38_143685_box7_Incident_Summaries_1-100
Agency: Department of War
Page 4
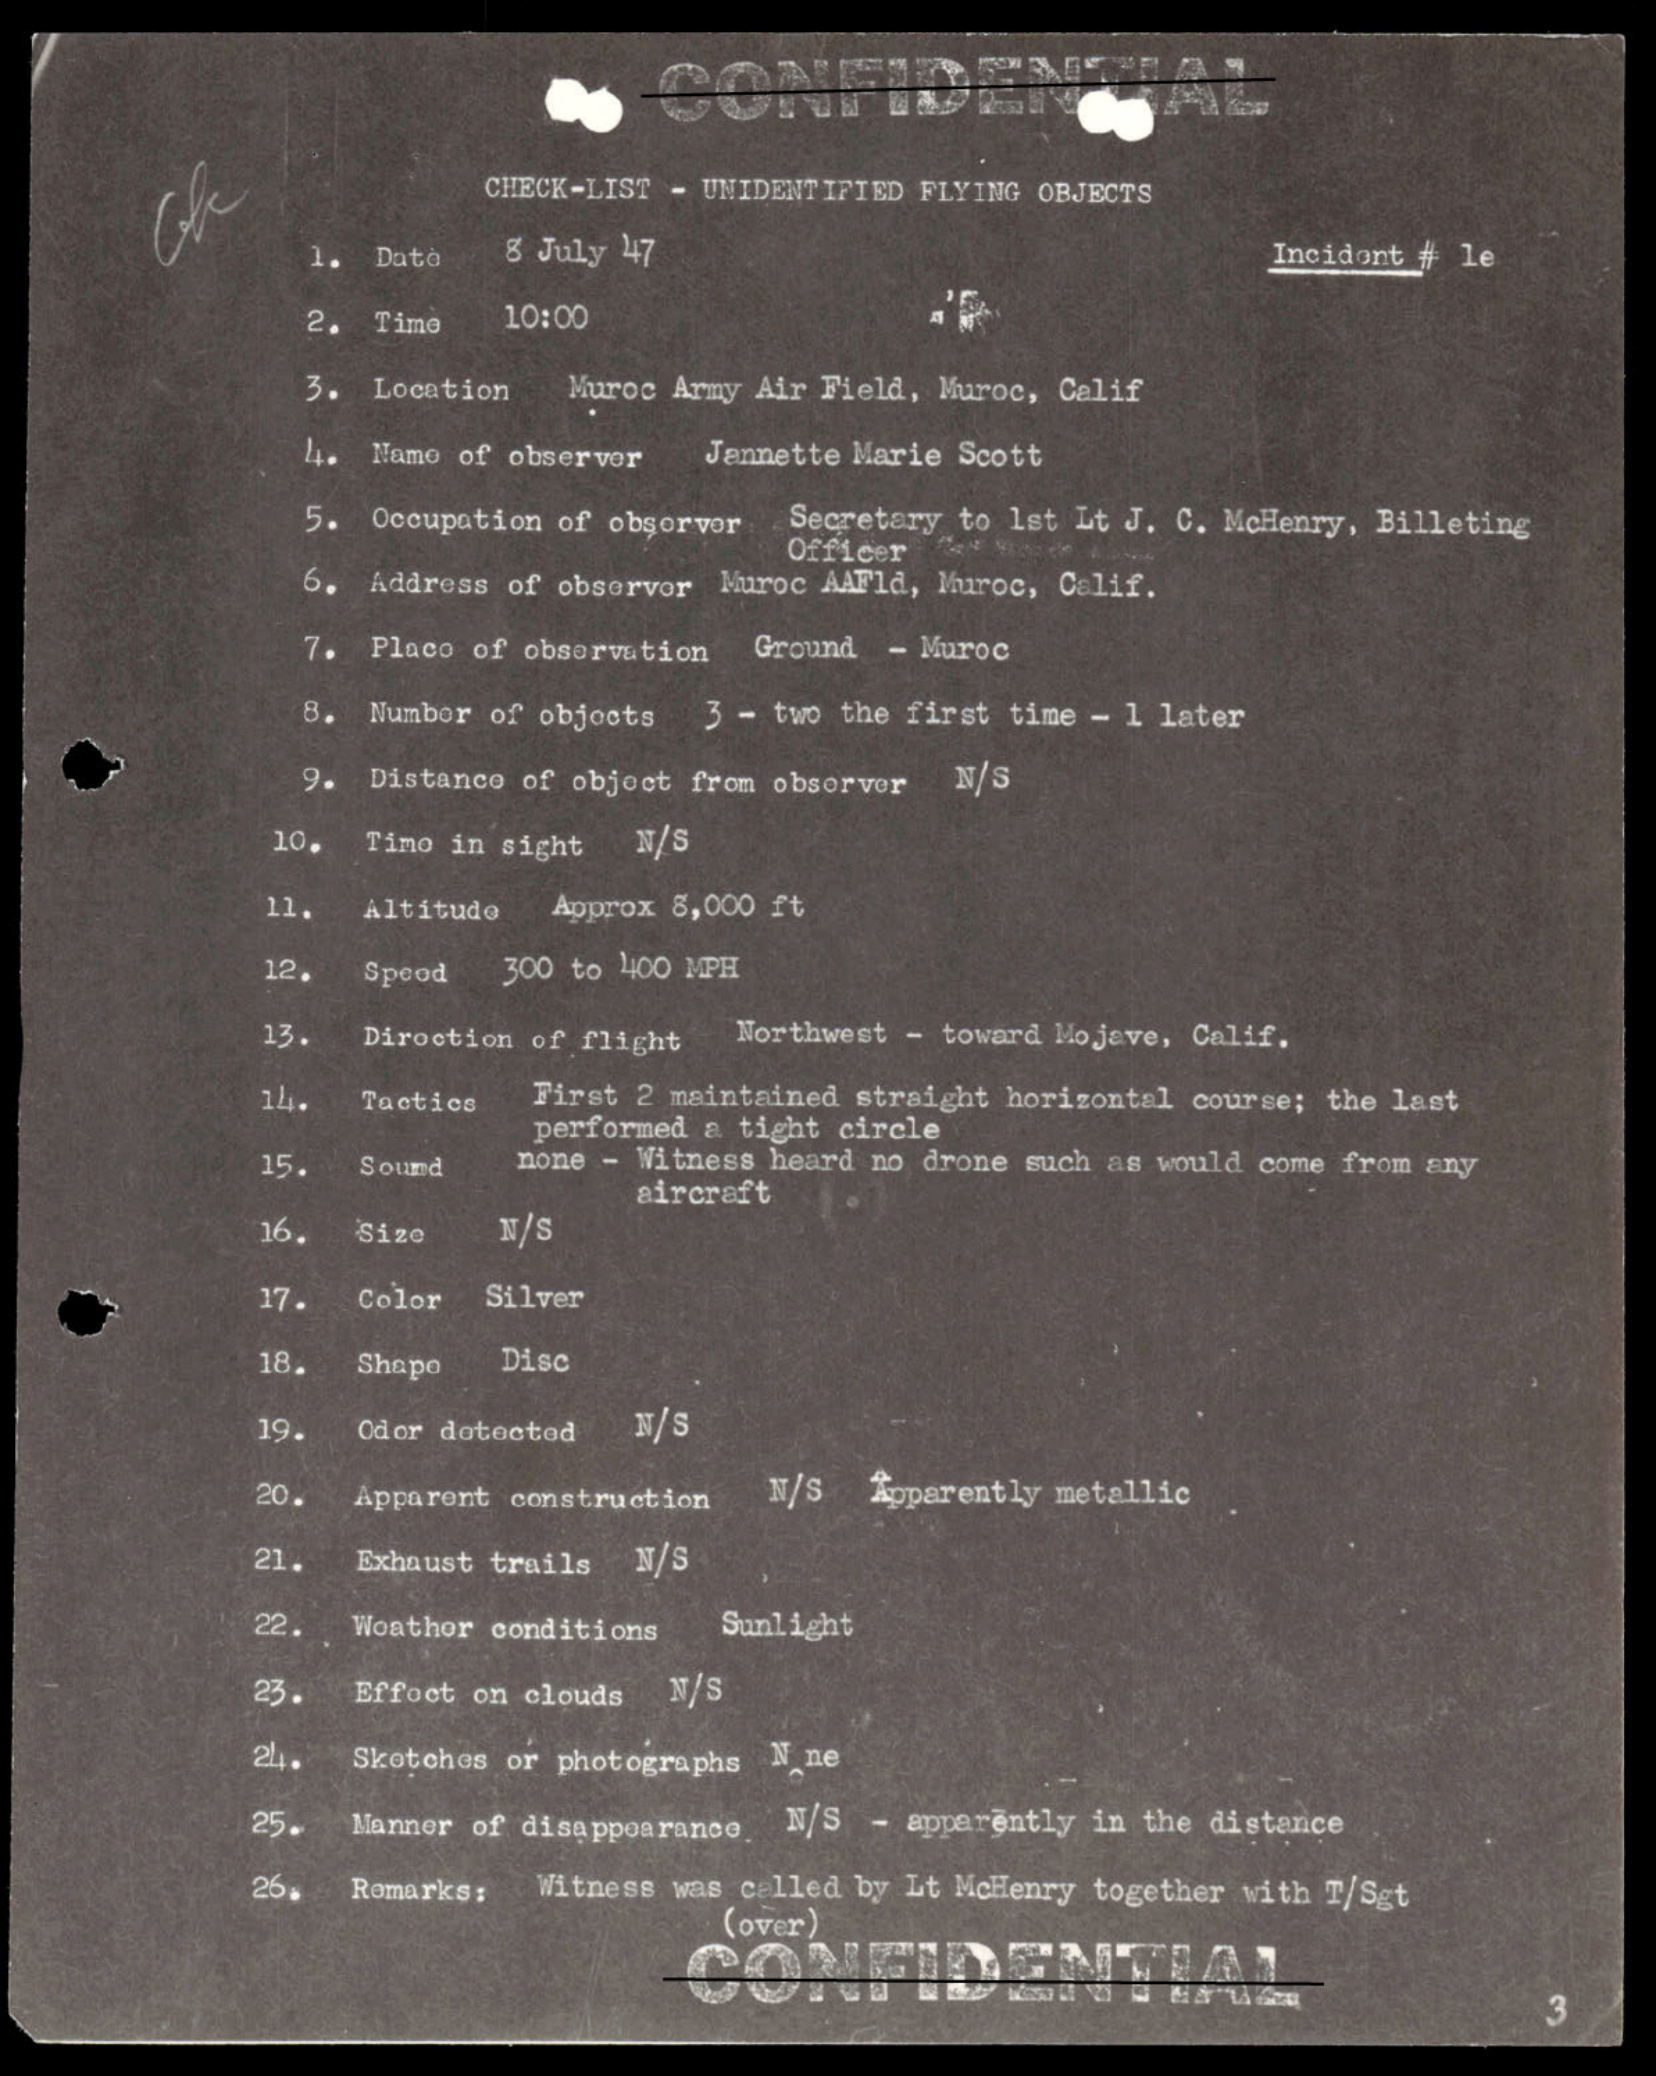